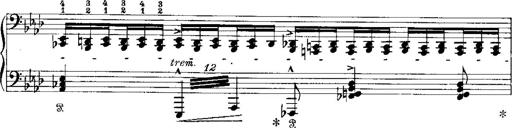
Title: Miserere du Trovatore
Composer: Franz Liszt